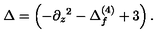
\Delta = \left( - \partial _ { z } { } ^ { 2 } - \Delta _ { f } ^ { ( 4 ) } + 3 \right) .